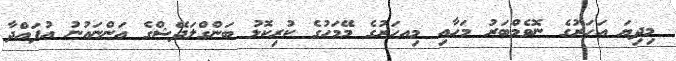
މިދިޔަ އަހަރުގެ ނޮވެމްބަރު މަހާއި މިއހަރުގެ މޭމަހުގެ ކުރިކޮޅު ބަންގްލަދޭޝްގެ އަންނައުނު އުފައްދާ